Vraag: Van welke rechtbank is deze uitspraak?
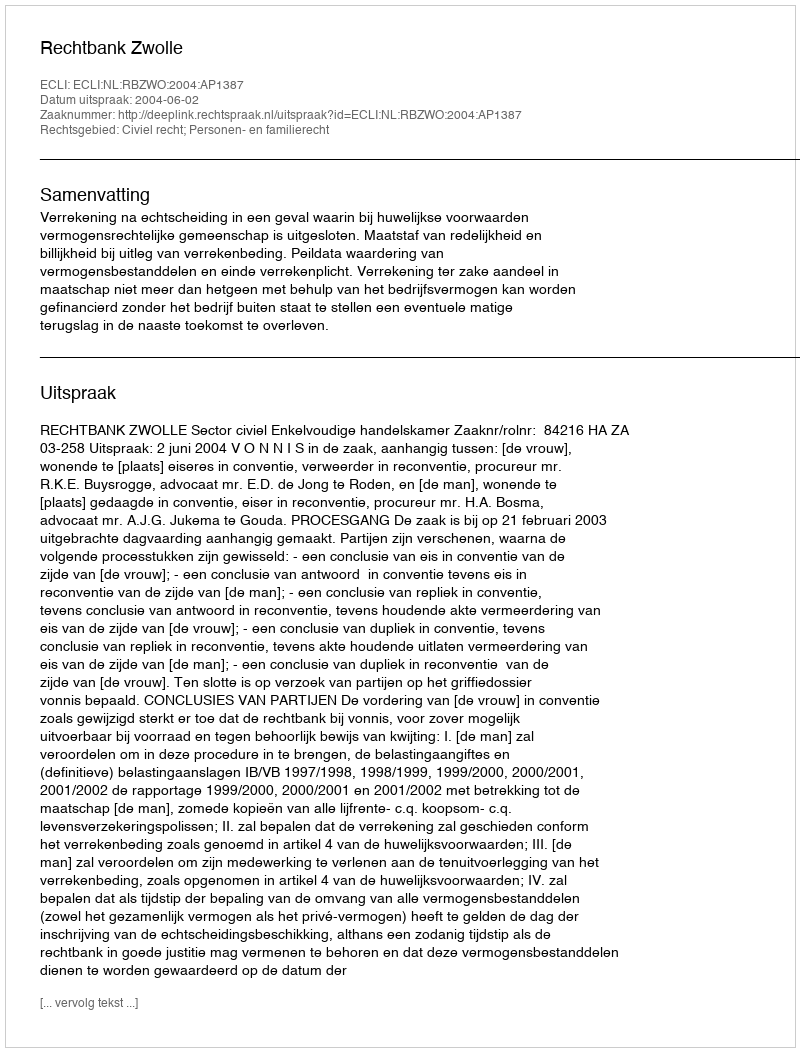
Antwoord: Rechtbank Zwolle